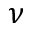
\nu